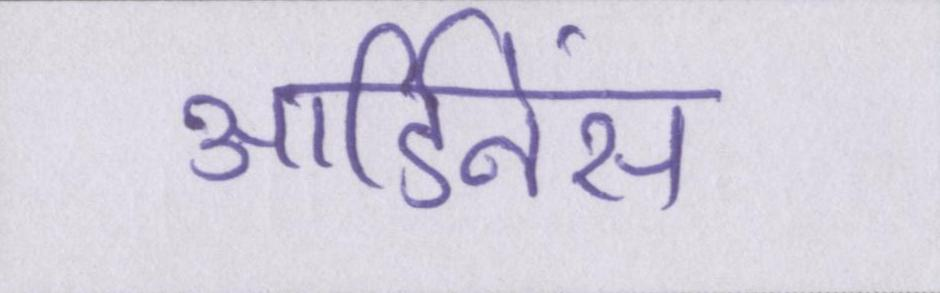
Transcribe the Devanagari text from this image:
आर्डिनेंस